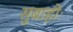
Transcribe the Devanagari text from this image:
सुबाहोः